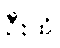
ဦးထိ